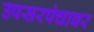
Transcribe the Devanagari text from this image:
उपसरपंचावर